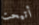
أتيحت